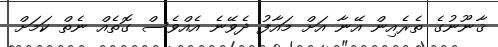
ޤާނޫނުގެ ތެރެއިން އޭނާ އަށް މައާފު ދެވޭނެ އެއްވެސް ގޮތެއް ނެތް ކަމަށް